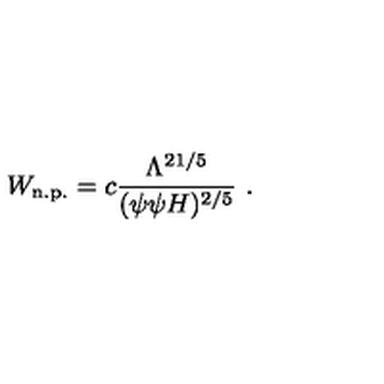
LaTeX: W _ { \mathrm { n . p . } } = c \frac { \Lambda ^ { 2 1 / 5 } } { ( \psi \psi H ) ^ { 2 / 5 } } \ .